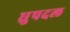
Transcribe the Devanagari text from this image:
ध्रुपदल